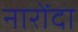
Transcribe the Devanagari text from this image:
नारोंदा